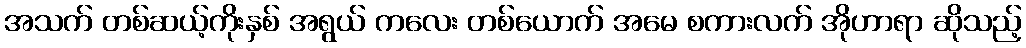
အသက် တစ်ဆယ့်ကိုးနှစ် အရွယ် ကလေး တစ်ယောက် အမေ စကားလက် အိုဟာရာ ဆိုသည့်